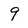
Character: 9